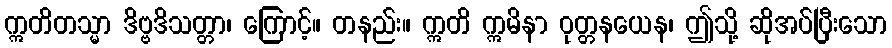
ဣတိတသ္မာ ဒိဗ္ဗဒိသတ္တာ၊ ကြောင့်။ တနည်း။ ဣတိ ဣမိနာ ဝုတ္တနယေန၊ ဤသို့ ဆိုအပ်ပြီးသော